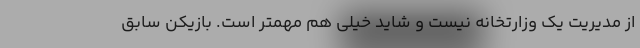
از مدیریت یک وزارتخانه نیست و شاید خیلی هم مهمتر است. بازیکن سابق